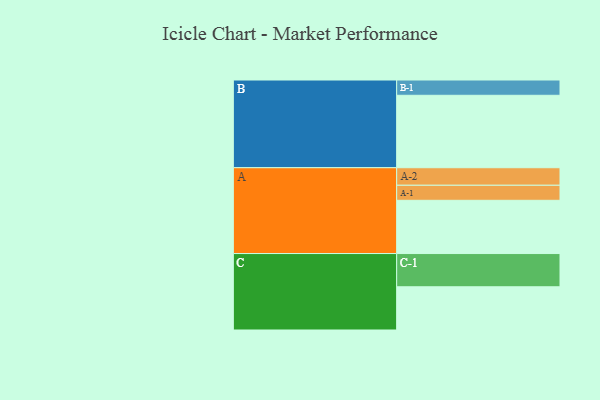
{"axis": {"x": "Segment", "y": "Value"}, "legend": ["", "A", "B", "C"], "data": [{"x": "A", "y": 425, "type": ""}, {"x": "B", "y": 578, "type": ""}, {"x": "C", "y": 345, "type": ""}, {"x": "A-1", "y": 120, "type": "A"}, {"x": "A-2", "y": 140, "type": "A"}, {"x": "B-1", "y": 122, "type": "B"}, {"x": "C-1", "y": 265, "type": "C"}]}